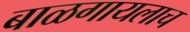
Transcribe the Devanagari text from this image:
बाळगायलाच